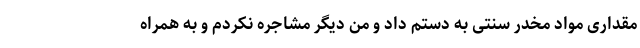
مقداری مواد مخدر سنتی به دستم داد و من دیگر مشاجره نکردم و به همراه